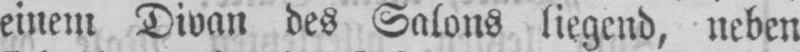
einem Divan des Salons liegend, neben